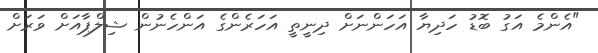
"އެންމެ އަގު ބޮޑު ހަދިޔާ އަހަންނަށް ދިނީތީ އަހަރެންގެ އަންހެނުން ޝިލްޕާއަށް ވަރަށް